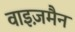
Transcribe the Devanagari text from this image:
वाइज़मैन